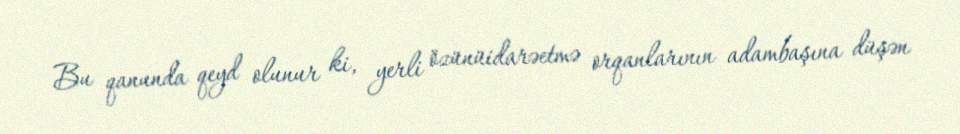
Bu qanunda qeyd olunur ki, yerli özünüidarəetmə orqanlarının adambaşına düşən